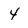
Character: 4